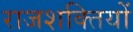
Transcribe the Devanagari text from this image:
राजशक्तियों